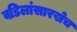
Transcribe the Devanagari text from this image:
वडिलांसारखेच